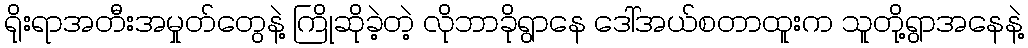
ရိုးရာအတီးအမှုတ်တွေနဲ့ ကြိုဆိုခဲ့တဲ့ လိုဘာခိုရွာနေ ဒေါ်အယ်စတာထူးက သူတို့ရွာအနေနဲ့